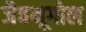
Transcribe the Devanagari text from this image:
जैवभूगोल